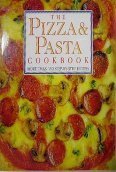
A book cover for The Pizza & Pasta Cookbook (More Than 150 Step-By-Step Recipes); Sarah Bush; Cookbooks, Food & Wine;